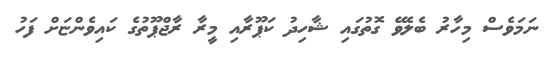
ނަމަވެސް މިހާރު ބެލެވޭ ގޮތުގައި ޝާހިދު ކަޕޫރާއި މީރާ ރާޖްޕޫތުގެ ކައިވެންޏަށް ފަހު